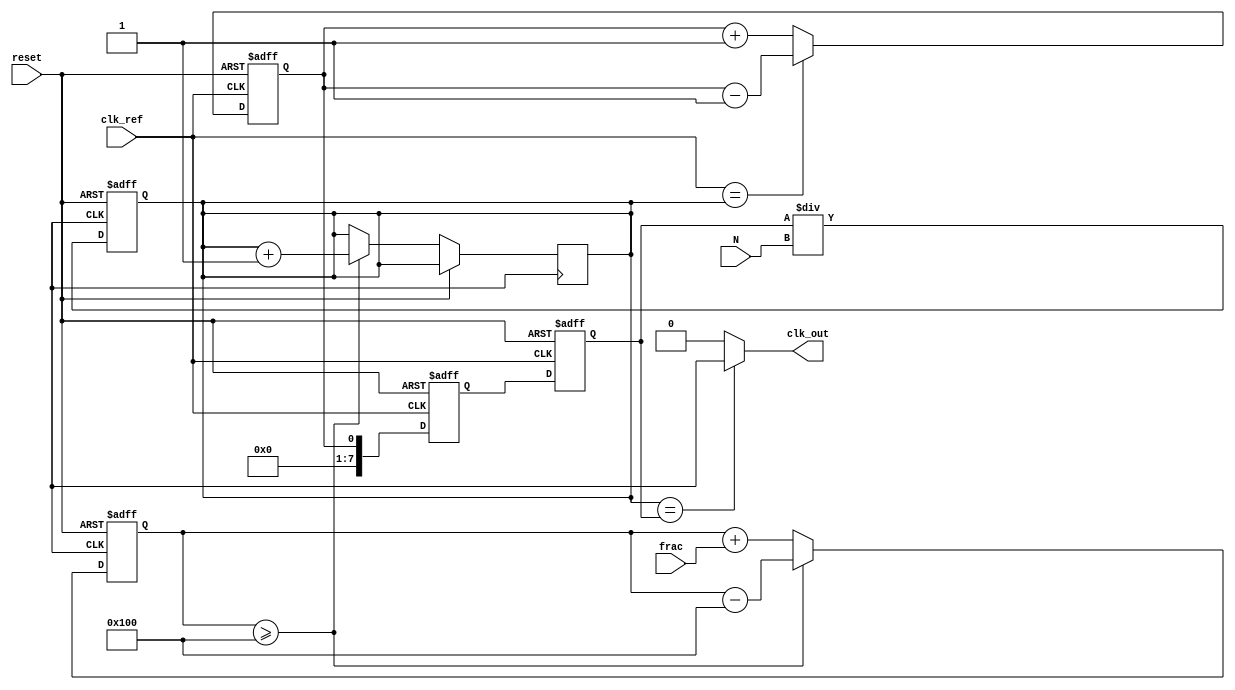
module frac_n_pll (
    input wire clk_ref,          // Reference clock input
    input wire reset,            // Asynchronous reset
    input wire [N_WIDTH-1:0] N,  // Integer division value
    input wire [F_WIDTH-1:0] frac, // Fractional division value
    output wire clk_out          // Output clock
);

// Parameters
parameter N_WIDTH = 8;         // Width for integer N
parameter F_WIDTH = 8;         // Width for fractional part
parameter VCO_MAX_FREQ = 100;  // Maximum VCO frequency (arbitrary units)

// Internal signals
reg [N_WIDTH-1:0] vco_freq;    // VCO frequency
reg [N_WIDTH+F_WIDTH-1:0] frac_accum; // Accumulator for fractional division
reg [N_WIDTH-1:0] feedback_div; // Feedback divider output
wire phase_error;               // Phase error signal
wire control_voltage;            // Control voltage from charge pump
wire vco_clk;                   // VCO clock output

// Phase Detector (PD)
assign phase_error = (clk_ref == feedback_div) ? 1'b0 : 1'b1;

// Charge Pump (CP)
always @(posedge clk_ref or posedge reset) begin
    if (reset) begin
        control_voltage <= 0;
    end else begin
        if (phase_error) begin
            control_voltage <= control_voltage + 1; // Charge
        end else begin
            control_voltage <= control_voltage - 1; // Discharge
        end
    end
end

// Loop Filter (simple first-order)
reg [N_WIDTH-1:0] loop_filter;
always @(posedge clk_ref or posedge reset) begin
    if (reset) begin
        loop_filter <= 0;
    end else begin
        loop_filter <= control_voltage; // Simple filter
    end
end

// Voltage-Controlled Oscillator (VCO)
always @(posedge clk_ref or posedge reset) begin
    if (reset) begin
        vco_freq <= 0;
    end else begin
        vco_freq <= loop_filter; // Control VCO frequency
    end
end

// Frequency Divider (N-divider)
always @(posedge vco_clk or posedge reset) begin
    if (reset) begin
        feedback_div <= 0;
    end else begin
        feedback_div <= vco_freq / N; // Integer division
    end
end

// Fractional Divider (frac-N)
always @(posedge vco_clk or posedge reset) begin
    if (reset) begin
        frac_accum <= 0;
    end else begin
        frac_accum <= frac_accum + frac; // Accumulate fractional part
        if (frac_accum >= (1 << F_WIDTH)) begin
            feedback_div <= feedback_div + 1; // Increment feedback divider
            frac_accum <= frac_accum - (1 << F_WIDTH); // Reset accumulator
        end
    end
end

// Output Stage
assign clk_out = (feedback_div == vco_freq) ? vco_clk : 1'b0; // Output clock generation

endmodule